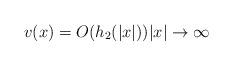
\begin{align*} v(x)=O(h_2 (|x|)) |x|\to\infty\end{align*}